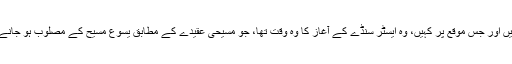
پاپائے روم نے یہ باتیں اپنے جس خطاب میں اور جس موقع پر کہیں، وہ ایسٹر سنڈے کے آغاز کا وہ وقت تھا، جو مسیحی عقیدے کے مطابق یسوع مسیح کے مصلوب ہو جانے اور پھر دوبارہ زندہ ہونے کی علامت ہے۔